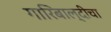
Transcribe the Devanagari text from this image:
गारिबाल्दीचा